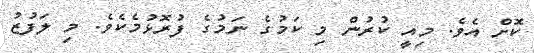
ކޮށް އެވެ. މިއީ ކުރުން މި ކަމުގެ ނަމުގެ ފުރޮޅުމެކެވެ. މި ލަފުޒު